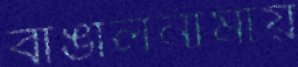
বাঙালনামায়